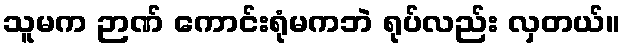
သူမက ဉာဏ် ကောင်းရုံမကဘဲ ရုပ်လည်း လှတယ်။